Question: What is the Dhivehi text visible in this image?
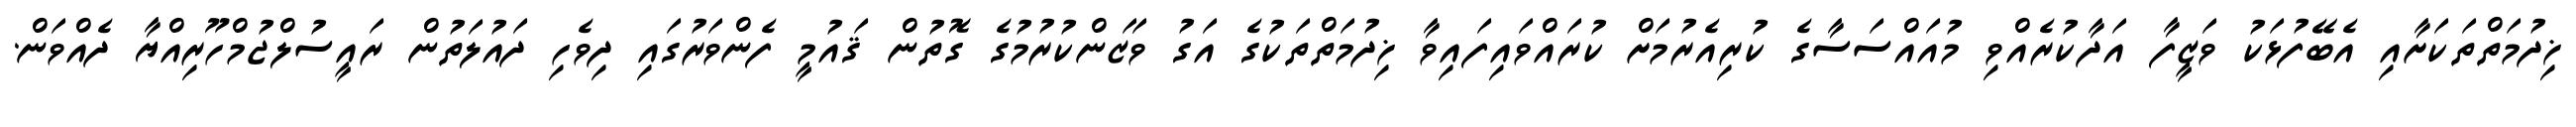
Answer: ޚިދުމަތްތަކަށާއި އެބޭފުޅަކު ވަޒީފާ އަދާކުރެއްވި މުއައްސަސާގެ ކުރިއެރުމަށް ކުރައްވައިފައިވާ ޚިދުމަތްތަކުގެ އަގު ވަޒަންކުރުމުގެ ގޮތުން ޤައުމީ ފެންވަރުގައި ދިވެހި ދައުލަތުން ރައީސުލްޖުމްހޫރިއްޔާ ދެއްވަން.